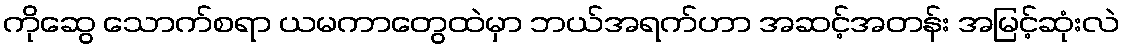
ကိုဆွေ သောက်စရာ ယမကာတွေထဲမှာ ဘယ်အရက်ဟာ အဆင့်အတန်း အမြင့်ဆုံးလဲ